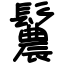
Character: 鬞